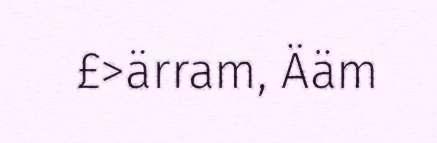
£>ärram, Ääm